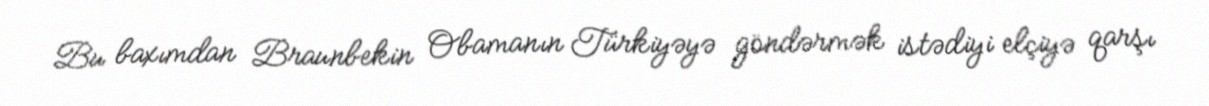
Bu baxımdan Braunbekin Obamanın Türkiyəyə göndərmək istədiyi elçiyə qarşı